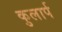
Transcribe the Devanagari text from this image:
कुलार्प